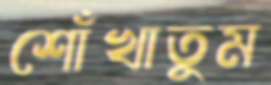
শোঁখাতুম